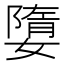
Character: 𡡙